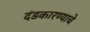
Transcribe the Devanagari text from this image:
दंडकारण्याचे